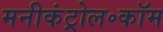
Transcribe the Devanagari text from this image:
मनीकंट्रोल॰कॉम